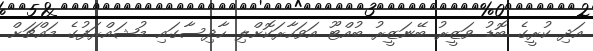
އަދި ކުރީގެ ބޮޑު ވަޒީރު ބޭނަޒީރު ބުއްޓޫ އަވަހާރަކޮށްލި ހާދިސާގައި މުޝައްރަފުގެ މައްޗަށް